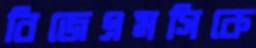
বিজেএমসিকে